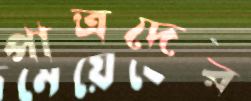
পাত্রদের